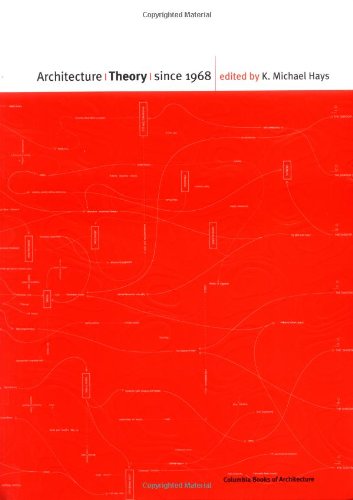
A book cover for Architecture Theory since 1968; Arts & Photography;